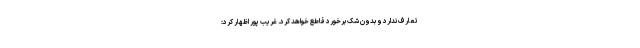
تعارف ندارد و بدون شک برخورد قاطع خواهد کرد. غریب پور اظهار کرد: